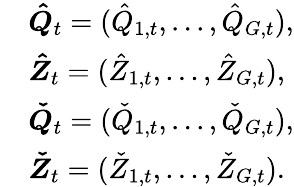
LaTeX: \begin{array}{rl}&{\boldsymbol{\hat{Q}}_{t}=(\hat{Q}_{1,t},...,\hat{Q}_{G,t}),}\\ &{\boldsymbol{\hat{Z}}_{t}=(\hat{Z}_{1,t},...,\hat{Z}_{G,t}),}\\ &{\boldsymbol{\check{Q}}_{t}=(\check{Q}_{1,t},...,\check{Q}_{G,t}),}\\ &{\boldsymbol{\check{Z}}_{t}=(\check{Z}_{1,t},...,\check{Z}_{G,t}).}\end{array}